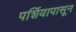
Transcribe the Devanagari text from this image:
पर्शियापासून